Lunatic asylums Burma 1922-24 - 1922-1924
Year: 1922
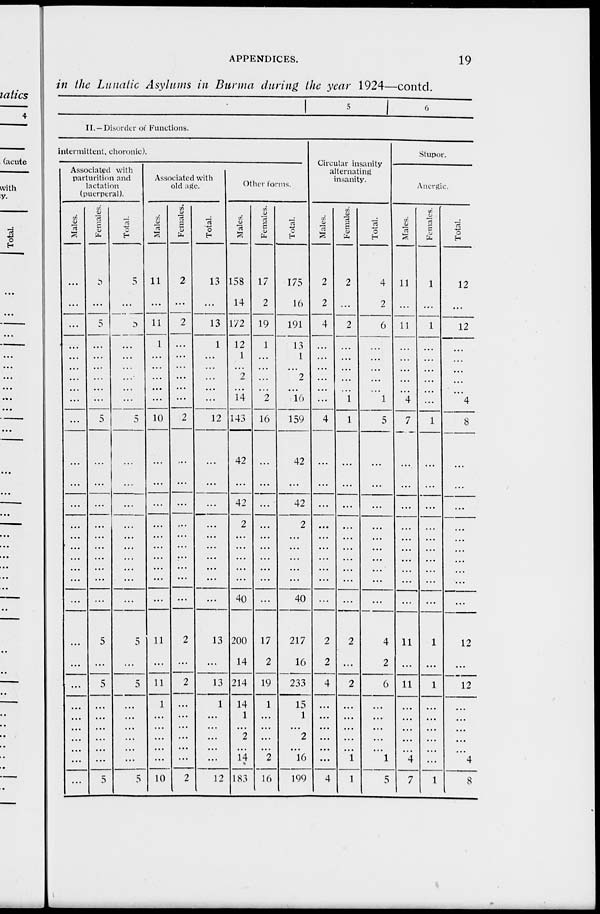
APPENDICES.
19
in the Lunatic Asylums in Burma during the year 1924—contd.
5
6
II. —Disorder of Functions.
intermittent, choronic).
Associated with
parturition and
lactation
(puerperal).
Males.
...
...
...
...
...
...
...
...
...
...
...
...
...
...
...
...
...
...
...
...
...
...
...
...
...
...
...
...
...
...
Females.
...
...
5
...
...
...
...
...
...
5
...
...
...
...
...
...
...
...
...
...
5
...
5
...
...
...
...
...
...
5
Total.
5
...
5
...
...
...
...
...
...
5
...
...
...
...
...
...
...
...
...
...
5
...
5
...
...
...
...
...
...
5
Associated with
old age.
Males.
11
...
11
1
...
...
...
...
...
10
...
...
...
...
...
...
...
...
...
...
11
...
11
1
...
...
...
...
...
10
Females.
2
...
2
...
...
...
...
...
...
2
...
...
...
...
...
...
...
...
...
...
2
...
2
...
...
...
...
...
...
2
Total.
13
...
13
1
...
...
...
...
...
12
...
...
...
...
...
...
...
...
...
...
13
...
13
1
...
...
...
...
...
12
Other forms.
Males.
158
14
172
12
1
...
2
...
14
143
42
...
42
2
...
...
...
...
...
40
200
14
214
14
1
...
2
...
14
183
Females.
17
2
19
1
...
...
...
...
2
16
...
...
...
...
...
...
...
...
...
...
17
2
19
1
...
...
...
...
2
16
Total.
175
16
191
13
1
...
2
...
16
159
42
...
42
2
...
...
...
...
...
40
217
16
233
15
1
...
2
...
16
199
Circular insanity
alternating
insanity.
Males.
2
2
4
...
...
...
...
...
...
4
...
...
...
...
...
...
...
...
...
...
2
2
4
...
...
...
...
...
...
4
Females.
2
...
2
...
...
...
...
...
1
1
...
...
...
...
...
...
...
...
...
...
2
...
2
...
...
...
...
...
1
1
Total.
4
2
6
...
...
...
...
...
1
5
...
...
...
...
...
...
...
...
...
...
4
2
6
...
...
...
...
...
1
5
Stupor.
Anergic.
Males.
11
...
11
...
...
...
...
...
4
7
...
...
...
...
...
...
...
...
...
...
11
...
11
...
...
...
...
...
4
7
Females.
1
...
1
...
...
...
...
...
...
1
...
...
...
...
...
...
...
...
...
...
1
...
1
...
...
...
...
...
...
1
Total.
12
...
12
...
...
...
...
...
4
8
...
...
...
...
...
...
...
...
...
...
12
...
12
...
...
...
...
...
4
8